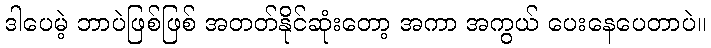
ဒါပေမဲ့ ဘာပဲဖြစ်ဖြစ် အတတ်နိုင်ဆုံးတော့ အကာ အကွယ် ပေးနေပေတာပဲ။